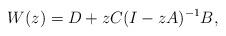
LaTeX: \begin{align*}W(z)=D+zC(I-zA)^{-1}B,\end{align*}